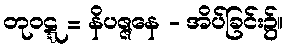
တုဝဋ္ဋ = နိပဇ္ဇနေ - အိပ်ခြင်း၌။